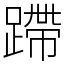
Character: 蹛